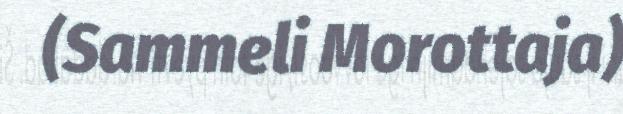
(Sammeli Morottaja)